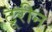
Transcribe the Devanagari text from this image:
टूरीन